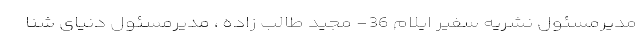
مدیرمسئول نشریه سفیر ایلام 36- مجید طالب زاده ، مدیرمسئول دنیای شنا